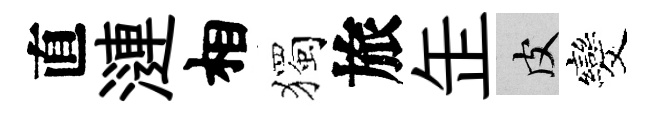
直漣相獨旅𦈢皮发